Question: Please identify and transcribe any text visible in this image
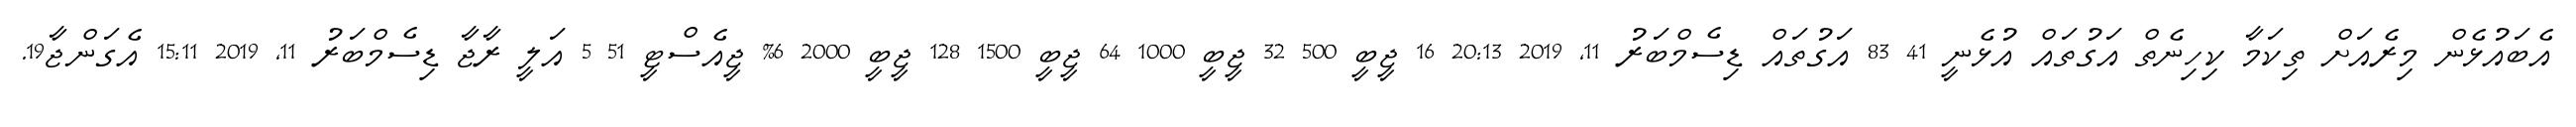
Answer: އެބައުޅެން މިރެއަށް ތިކަމާ ކިހިނެތް އަގުތައް އުޅެނީ 41 83 އަގުތައް ޑިސެމްބަރު 11, 2019 20:13 16 ޖީބީ 500 32 ޖީބީ 1000 64 ޖީބީ 1500 128 ޖީބީ 2000 6% ޖީއެސްޓީ 51 5 އަލީ ރާޖާ ޑިސެމްބަރު 11, 2019 15:11 އެގަންޖާ19.